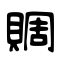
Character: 賙